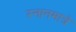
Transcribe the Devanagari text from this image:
स्नानमात्रे